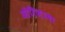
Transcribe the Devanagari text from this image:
ऑरिज़ाबा